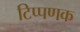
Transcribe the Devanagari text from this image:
टिप्पणक